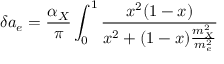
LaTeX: \delta a _ { e } = \frac { \alpha _ { X } } { \pi } \int _ { 0 } ^ { 1 } \frac { x ^ { 2 } ( 1 - x ) } { x ^ { 2 } + ( 1 - x ) \frac { m _ { X } ^ { 2 } } { m _ { e } ^ { 2 } } }